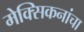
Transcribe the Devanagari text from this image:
मेक्सिकनांचा